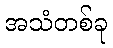
အသံတစ်ခု